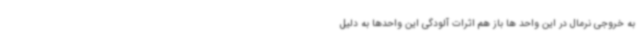
به خروجی نرمال در این واحد ها باز هم اثرات آلودگی این واحدها به دلیل